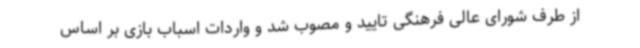
از طرف شورای عالی فرهنگی تایید و مصوب شد و واردات اسباب بازی بر اساس